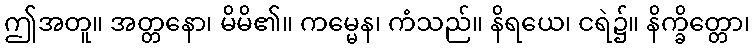
ဤအတူ။ အတ္တနော၊ မိမိ၏။ ကမ္မေန၊ ကံသည်။ နိရယေ၊ ငရဲ၌။ နိက္ခိတ္တော၊